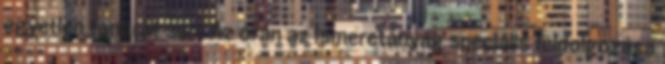
egyetlen tanórát sem Az órán az ismeretanyag speciális feldolgozása